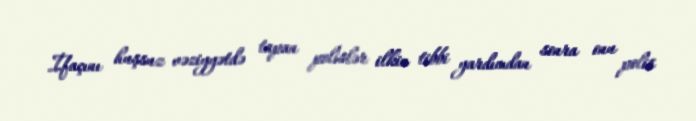
İfaçını huşsuz vəziyyətdə tapan polislər ilkin tibbi yardımdan sonra onu polis